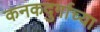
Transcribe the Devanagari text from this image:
कनकदुर्गाच्या